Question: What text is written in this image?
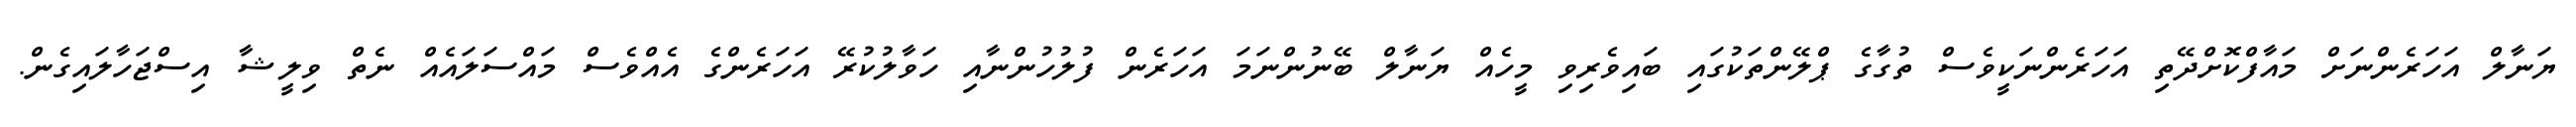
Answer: ޔަނާލް އަހަރެންނަށް މައާފްކޮށްދޭތި އަހަރެންނަކީވެސް ތުގާގެ ޕްލޭންތަކުގައި ބައިވެރިވި މީހެއް ޔަނާލް ބޭނުންނަމަ އަހަރެން ފުލުހުންނާއި ހަވާލުކުރޭ އަހަރެންގެ އެއްވެސް މައްސަލައެއް ނެތް ވިލީޝާ އިސްޖަހާލައިގެން.